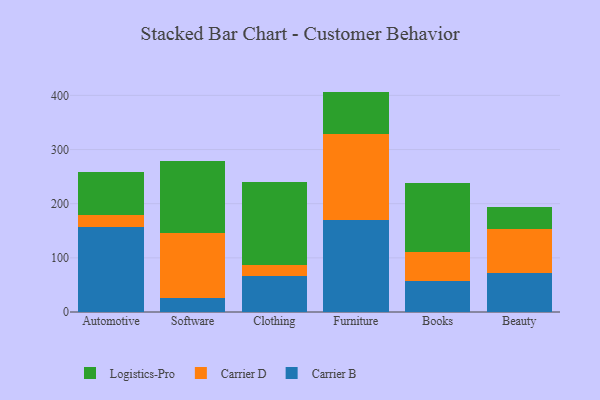
{"axis": {"x": "Category", "y": "Market Share (%)"}, "legend": ["Carrier B", "Carrier D", "Logistics-Pro"], "data": [{"x": "Automotive", "y": 156.5, "type": "Carrier B"}, {"x": "Automotive", "y": 23.4, "type": "Carrier D"}, {"x": "Automotive", "y": 79.2, "type": "Logistics-Pro"}, {"x": "Software", "y": 25.3, "type": "Carrier B"}, {"x": "Software", "y": 121.5, "type": "Carrier D"}, {"x": "Software", "y": 132.0, "type": "Logistics-Pro"}, {"x": "Clothing", "y": 66.6, "type": "Carrier B"}, {"x": "Clothing", "y": 20.2, "type": "Carrier D"}, {"x": "Clothing", "y": 154.0, "type": "Logistics-Pro"}, {"x": "Furniture", "y": 169.7, "type": "Carrier B"}, {"x": "Furniture", "y": 159.4, "type": "Carrier D"}, {"x": "Furniture", "y": 77.9, "type": "Logistics-Pro"}, {"x": "Books", "y": 56.7, "type": "Carrier B"}, {"x": "Books", "y": 54.6, "type": "Carrier D"}, {"x": "Books", "y": 126.1, "type": "Logistics-Pro"}, {"x": "Beauty", "y": 72.6, "type": "Carrier B"}, {"x": "Beauty", "y": 79.8, "type": "Carrier D"}, {"x": "Beauty", "y": 42.0, "type": "Logistics-Pro"}]}